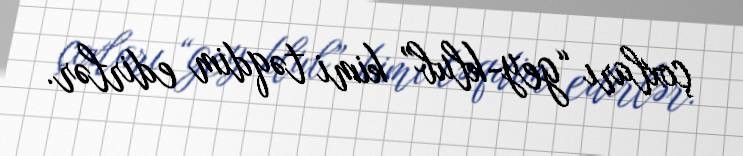
çoxları “gey-klub” kimi təqdim edirlər.